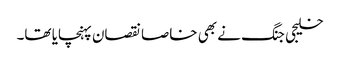
خلیجی جنگ نے بھی خاصا نقصان پہنچایا تھا۔